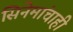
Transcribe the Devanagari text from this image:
सिनेमांचाही